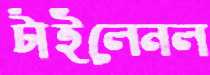
টাইলেনল